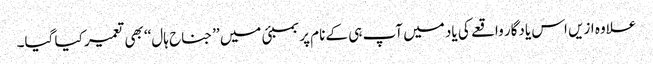
علاوہ ازیں اس یادگار واقعے کی یاد میں آپ ہی کے نام پر بمبئی میں ’’جناح ہال‘‘ بھی تعمیر کیا گیا۔